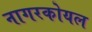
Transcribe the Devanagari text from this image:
नागरकोयल